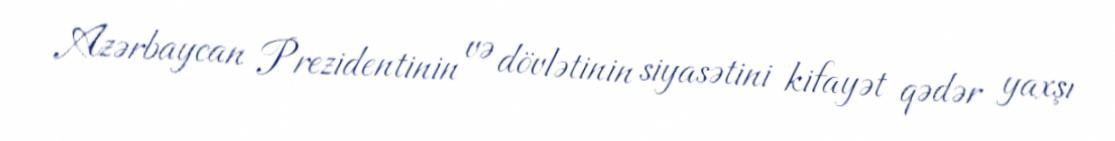
Azərbaycan Prezidentinin və dövlətinin siyasətini kifayət qədər yaxşı